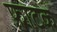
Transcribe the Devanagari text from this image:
फ़ाटक